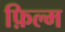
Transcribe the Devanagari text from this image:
फ़िल्म